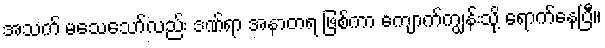
အသက် မသေသော်လည်း ဒဏ်ရာ အနာတရ ဖြစ်ကာ ကျောက်ကျွန်းသို့ ရောက်နေပြီ။